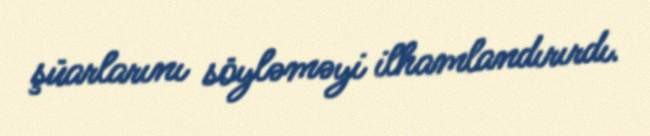
şüarlarını söyləməyi ilhamlandırırdı.